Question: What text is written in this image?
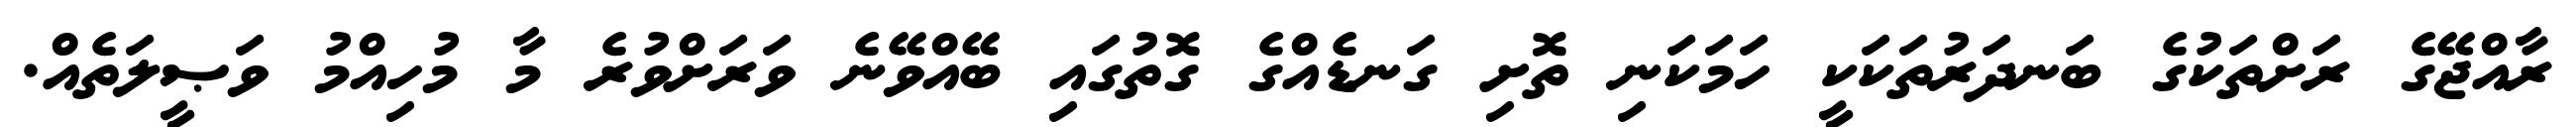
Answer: ރާއްޖޭގެ ރަށްތަކުގެ ބަނދަރުތަކަކީ ހަމަކަނި ތޮށި ގަނޑެއްގެ ގޮތުގައި ބޭއްވޭނެ ވަރަށްވުރެ މާ މުހިއްމު ވަޞީލަތެއް.